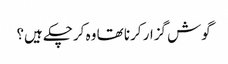
گوش گزار کرنا تھا وہ کرچکے ہیں؟